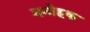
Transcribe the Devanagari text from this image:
मनोहक